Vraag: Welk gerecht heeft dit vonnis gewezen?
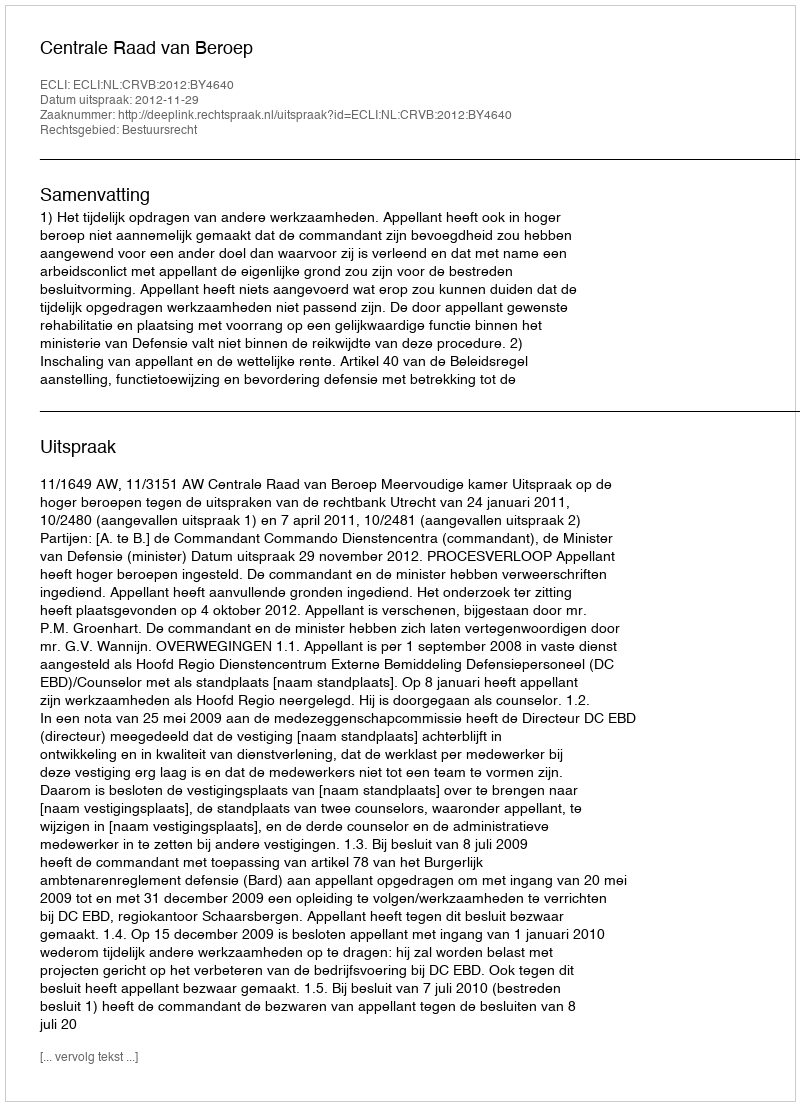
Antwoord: Centrale Raad van Beroep